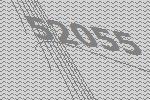
52055